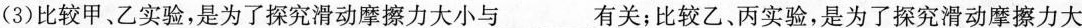
(3)比较甲、乙实验，是为了探究滑动摩擦力大小与_____有关；比较乙、丙实验，是为了探究滑动摩擦力大